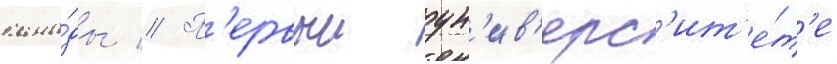
кана́ды // П'ервыи ун'ив'ерс'ит'е́т'е